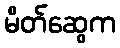
မိတ်ဆွေက